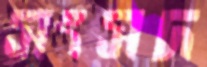
সংসদ